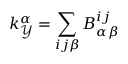
k _ { \mathcal { Y } } ^ { \alpha } = \sum _ { i j \beta } B _ { \alpha \beta } ^ { i j }